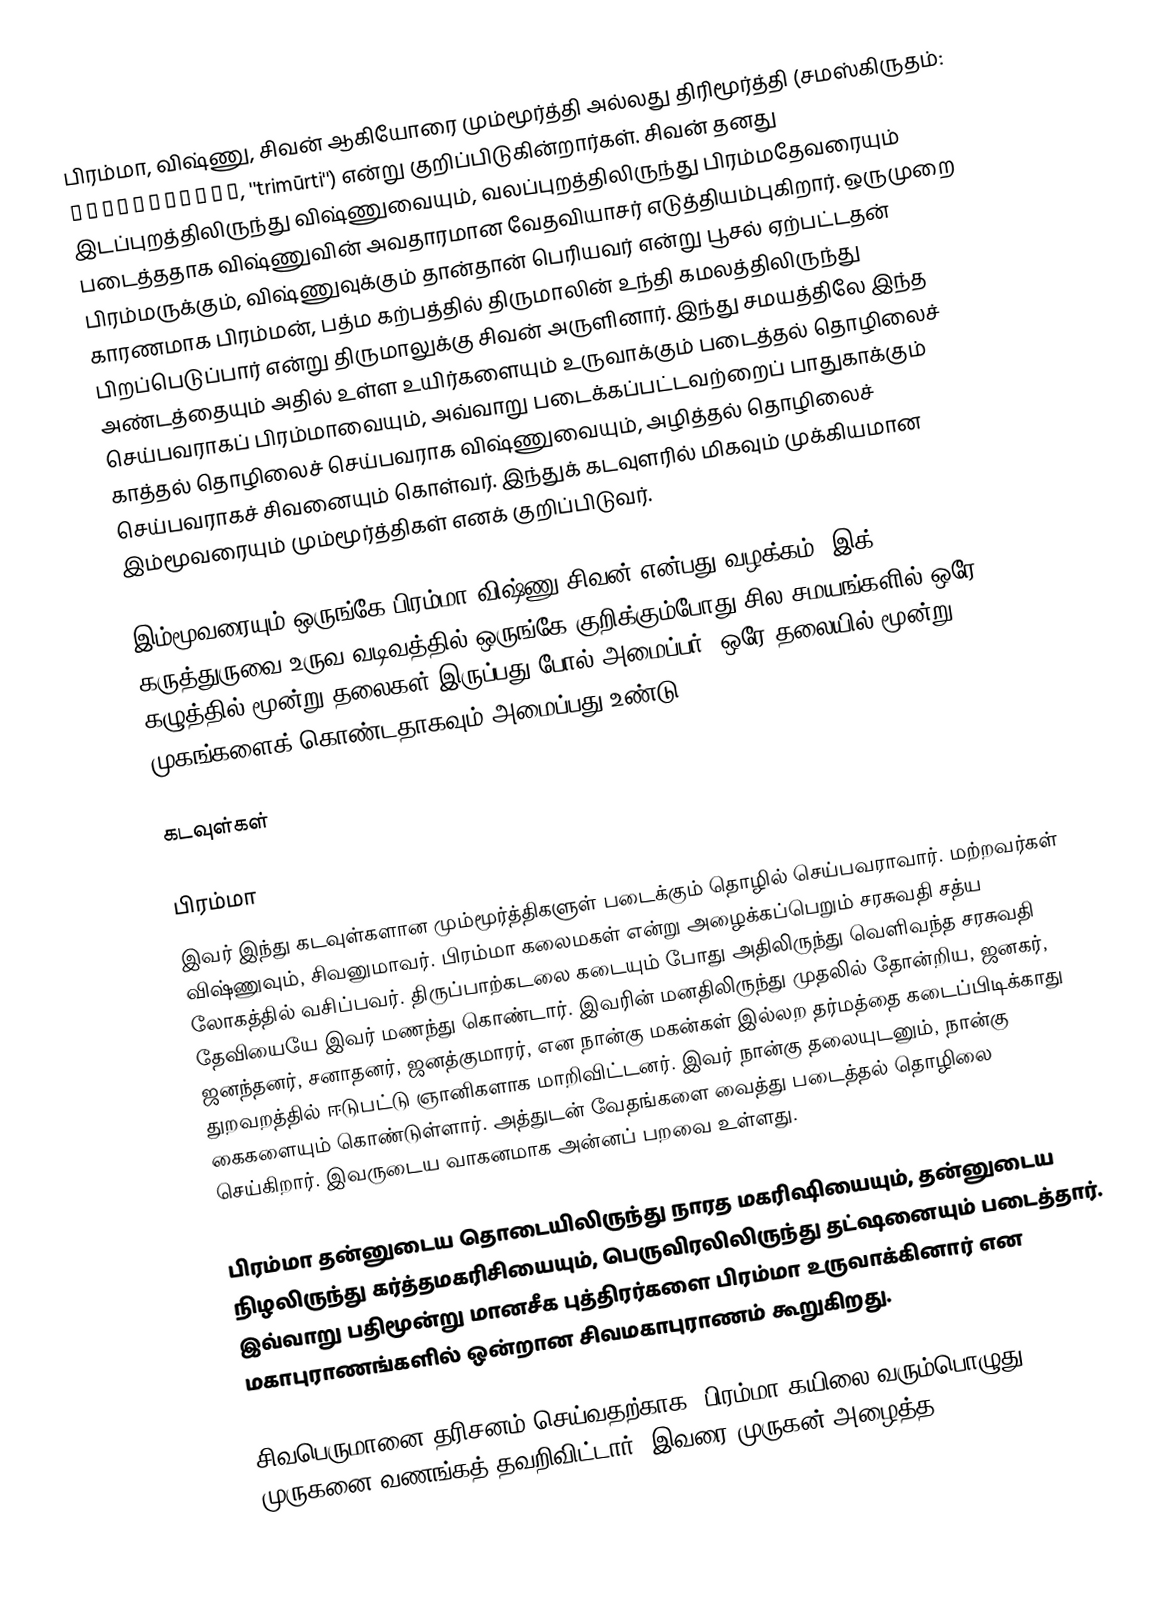
பிரம்மா, விஷ்ணு, சிவன் ஆகியோரை மும்மூர்த்தி அல்லது திரிமூர்த்தி (சமஸ்கிருதம்: त्रिमूर्तिः, ''trimūrti'') என்று குறிப்பிடுகின்றார்கள். சிவன் தனது இடப்புறத்திலிருந்து விஷ்ணுவையும், வலப்புறத்திலிருந்து பிரம்மதேவரையும் படைத்ததாக விஷ்ணுவின் அவதாரமான வேதவியாசர் எடுத்தியம்புகிறார். ஒருமுறை பிரம்மருக்கும், விஷ்ணுவுக்கும் தான்தான் பெரியவர் என்று பூசல் ஏற்பட்டதன் காரணமாக பிரம்மன், பத்ம கற்பத்தில் திருமாலின் உந்தி கமலத்திலிருந்து பிறப்பெடுப்பார் என்று திருமாலுக்கு சிவன் அருளினார். இந்து சமயத்திலே இந்த அண்டத்தையும் அதில் உள்ள உயிர்களையும் உருவாக்கும் படைத்தல் தொழிலைச் செய்பவராகப் பிரம்மாவையும், அவ்வாறு படைக்கப்பட்டவற்றைப் பாதுகாக்கும் காத்தல் தொழிலைச் செய்பவராக விஷ்ணுவையும், அழித்தல் தொழிலைச் செய்பவராகச் சிவனையும் கொள்வர். இந்துக் கடவுளரில் மிகவும் முக்கியமான இம்மூவரையும் மும்மூர்த்திகள் எனக் குறிப்பிடுவர்.

இம்மூவரையும் ஒருங்கே பிரம்மா-விஷ்ணு-சிவன் என்பது வழக்கம். இக் கருத்துருவை உருவ வடிவத்தில் ஒருங்கே குறிக்கும்போது சில சமயங்களில் ஒரே கழுத்தில் மூன்று தலைகள் இருப்பது போல் அமைப்பர். ஒரே தலையில் மூன்று முகங்களைக் கொண்டதாகவும் அமைப்பது உண்டு.

கடவுள்கள்

பிரம்மா
இவர் இந்து கடவுள்களான மும்மூர்த்திகளுள் படைக்கும் தொழில் செய்பவராவார். மற்றவர்கள் விஷ்ணுவும், சிவனுமாவர். பிரம்மா கலைமகள் என்று அழைக்கப்பெறும் சரசுவதி சத்ய லோகத்தில் வசிப்பவர். திருப்பாற்கடலை கடையும் போது அதிலிருந்து வெளிவந்த சரசுவதி தேவியையே இவர் மணந்து கொண்டார். இவரின் மனதிலிருந்து முதலில் தோன்றிய, ஜனகர், ஜனந்தனர், சனாதனர், ஜனத்குமாரர், என நான்கு மகன்கள் இல்லற தர்மத்தை கடைப்பிடிக்காது துறவறத்தில் ஈடுபட்டு ஞானிகளாக மாறிவிட்டனர். இவர் நான்கு தலையுடனும், நான்கு கைகளையும் கொண்டுள்ளார். அத்துடன் வேதங்களை வைத்து படைத்தல் தொழிலை செய்கிறார். இவருடைய வாகனமாக அன்னப் பறவை உள்ளது.

பிரம்மா தன்னுடைய தொடையிலிருந்து நாரத மகரிஷியையும், தன்னுடைய நிழலிருந்து கர்த்தமகரிசியையும், பெருவிரலிலிருந்து தட்ஷனையும் படைத்தார். இவ்வாறு பதிமூன்று மானசீக புத்திரர்களை பிரம்மா உருவாக்கினார் என மகாபுராணங்களில் ஒன்றான சிவமகாபுராணம் கூறுகிறது.

சிவபெருமானை தரிசனம் செய்வதற்காக, பிரம்மா கயிலை வரும்பொழுது, முருகனை வணங்கத் தவறிவிட்டார். இவரை முருகன் அழைத்த